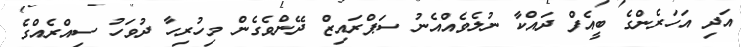
އަދި އަހަރެންގެ ބީއެފް ދައްކާ ނުލެވެއްއެނު ސަޕްރައިޒް ދޭންވެގެން މިހުރިހާ ދުވަހު ސިއްރެއްގެ